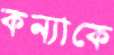
কন্যাকে